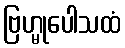
ဗြဟ္မုပေါသထံ